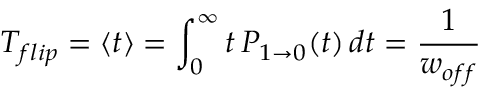
T _ { f l i p } = \langle t \rangle = \int _ { 0 } ^ { \infty } t \, P _ { 1 \rightarrow 0 } ( t ) \, d t = { \frac { 1 } { w _ { o f f } } }